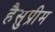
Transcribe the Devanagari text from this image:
हैसुप्रीम